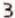
3